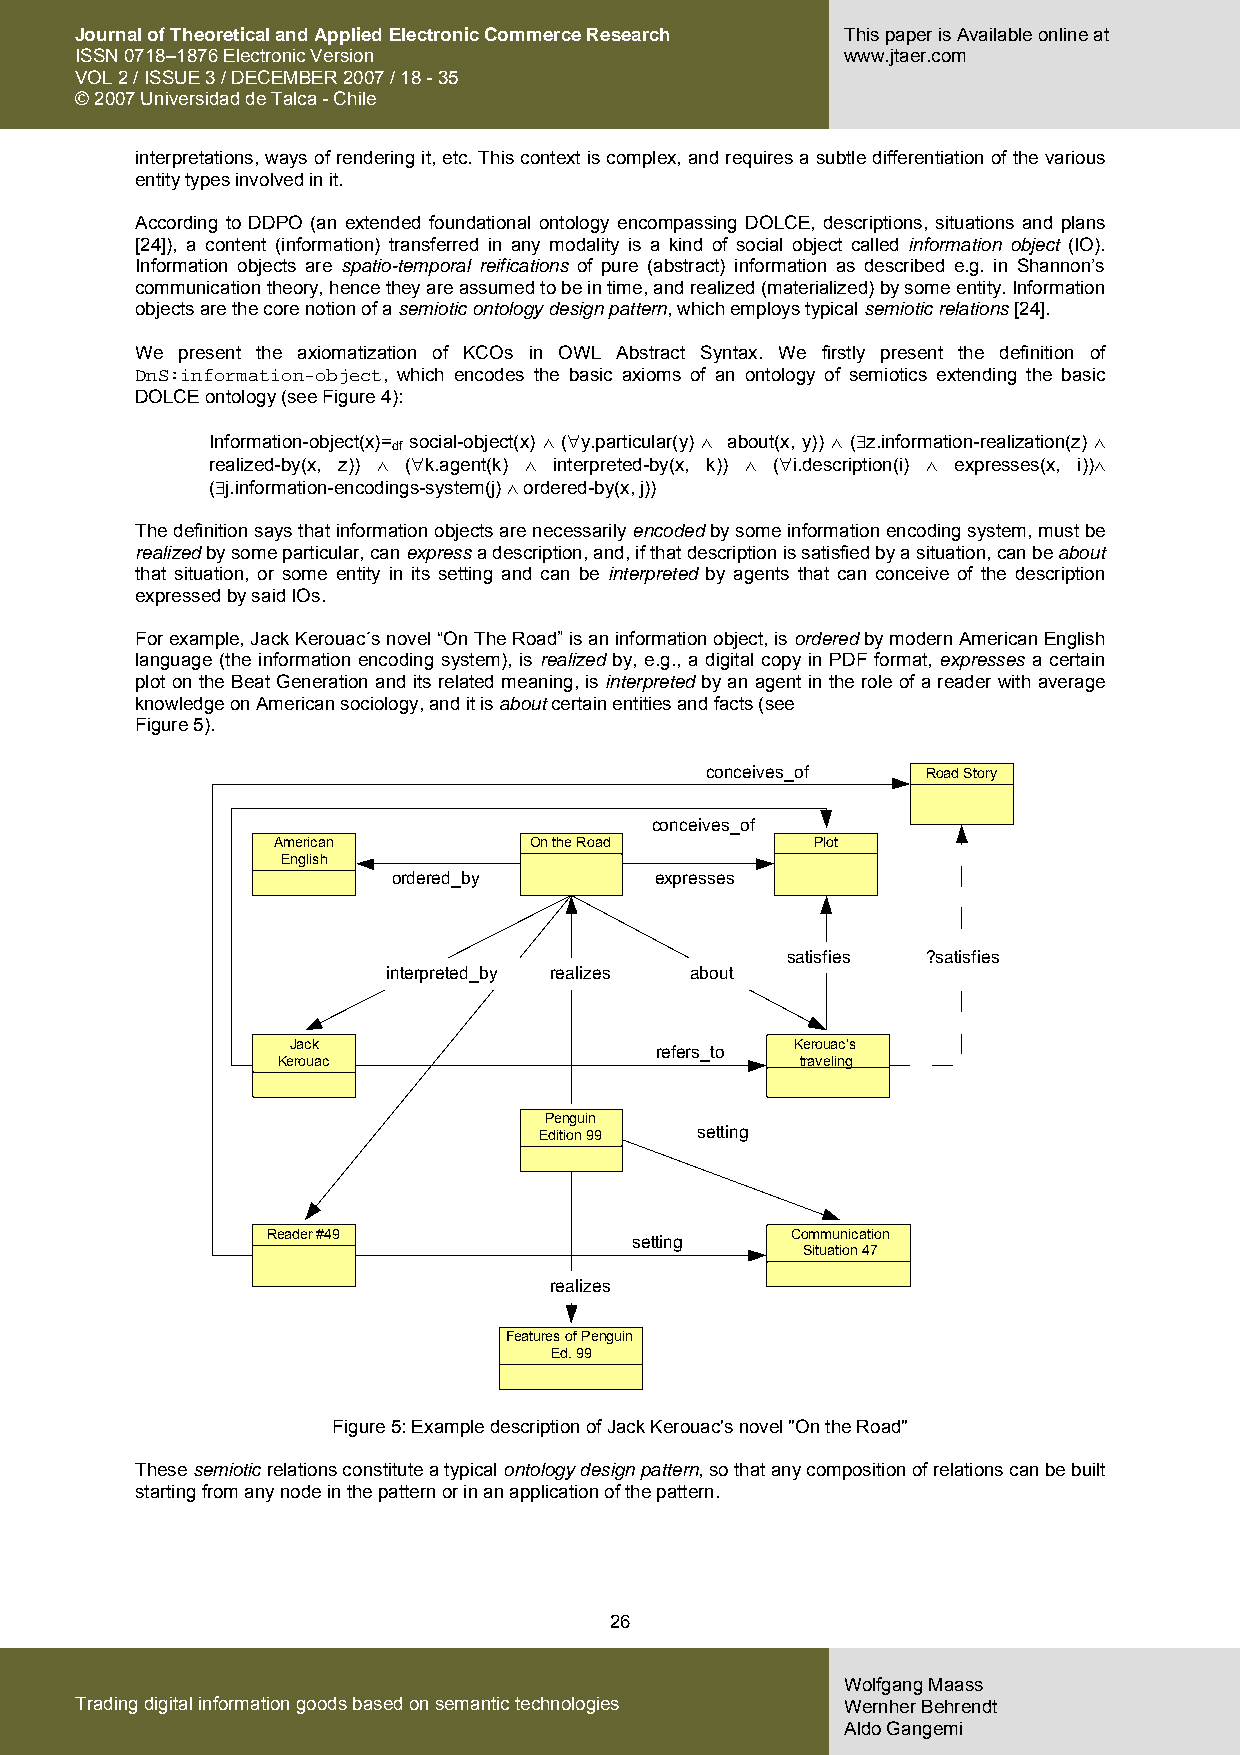
Journal of Theoretical and Applied Electronic Commerce Research This paper is Available online at
 ISSN 0718–1876 Electronic Version                  www.jtaer.com
 VOL 2 / ISSUE 3 / DECEMBER 2007 / 18 - 35
 © 2007 Universidad de Talca - Chile
 interpretations, ways of rendering it, etc. This context is complex, and requires a subtle differentiation of the various
 entity types involved in it.
 According to DDPO (an extended foundational ontology encompassing DOLCE, descriptions, situations and plans
 [24]), a content (information) transferred in any modality is a kind of social object called information object (IO).
 Information objects are spatio-temporal reifications of pure (abstract) information as described e.g. in Shannon’s
 communication theory, hence they are assumed to be in time, and realized (materialized) by some entity. Information
 objects are the core notion of a semiotic ontology design pattern, which employs typical semiotic relations [24].
 We present the axiomatization of KCOs in OWL Abstract Syntax. We firstly present the definition of
 DnS:information-object, which encodes the basic axioms of an ontology of semiotics extending the basic
 DOLCE ontology (see Figure 4):
 Information-object(x)= social-object(x) ∧ (∀y.particular(y) ∧ about(x, y)) ∧ (∃z.information-realization(z) ∧
 df
 realized-by(x, z)) ∧ (∀k.agent(k) ∧ interpreted-by(x, k)) ∧ (∀i.description(i) ∧ expresses(x, i))∧
 (∃j.information-encodings-system(j) ∧ ordered-by(x, j))
 The definition says that information objects are necessarily encoded by some information encoding system, must be
 realized by some particular, can express a description, and, if that description is satisfied by a situation, can be about
 that situation, or some entity in its setting and can be interpreted by agents that can conceive of the description
 expressed by said IOs.
 For example, Jack Kerouac´s novel “On The Road” is an information object, is ordered by modern American English
 language (the information encoding system), is realized by, e.g., a digital copy in PDF format, expresses a certain
 plot on the Beat Generation and its related meaning, is interpreted by an agent in the role of a reader with average
 knowledge on American sociology, and it is about certain entities and facts (see
 Figure 5).
 conceives_of  Road Story
 conceives_of
 American         On the Road        Plot
 English
 ordered_by       expresses
 satisfies ?satisfies
 interpreted_by realizes about
 Jack                    refers_to Kerouac's
 Kerouac                            traveling
 Penguin
 Edition 99 setting
 Reader #49              setting   Communication
 Situation 47
 realizes
 Features of Penguin
 Ed. 99
 Figure 5: Example description of Jack Kerouac's novel "On the Road"
 These semiotic relations constitute a typical ontology design pattern, so that any composition of relations can be built
 starting from any node in the pattern or in an application of the pattern.
 26
 Wolfgang Maass
 Trading digital information goods based on semantic technologies Wernher Behrendt
 Aldo Gangemi